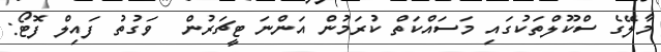
މާލޭގެ ސްކޫލްތަކުގައި މަސައްކަތް ކުރަމުން އަންނަ ޓީޗަރުން  ވަގުތު ފައިލް ފޮޓޯ: